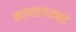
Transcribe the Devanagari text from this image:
महासागराकडे